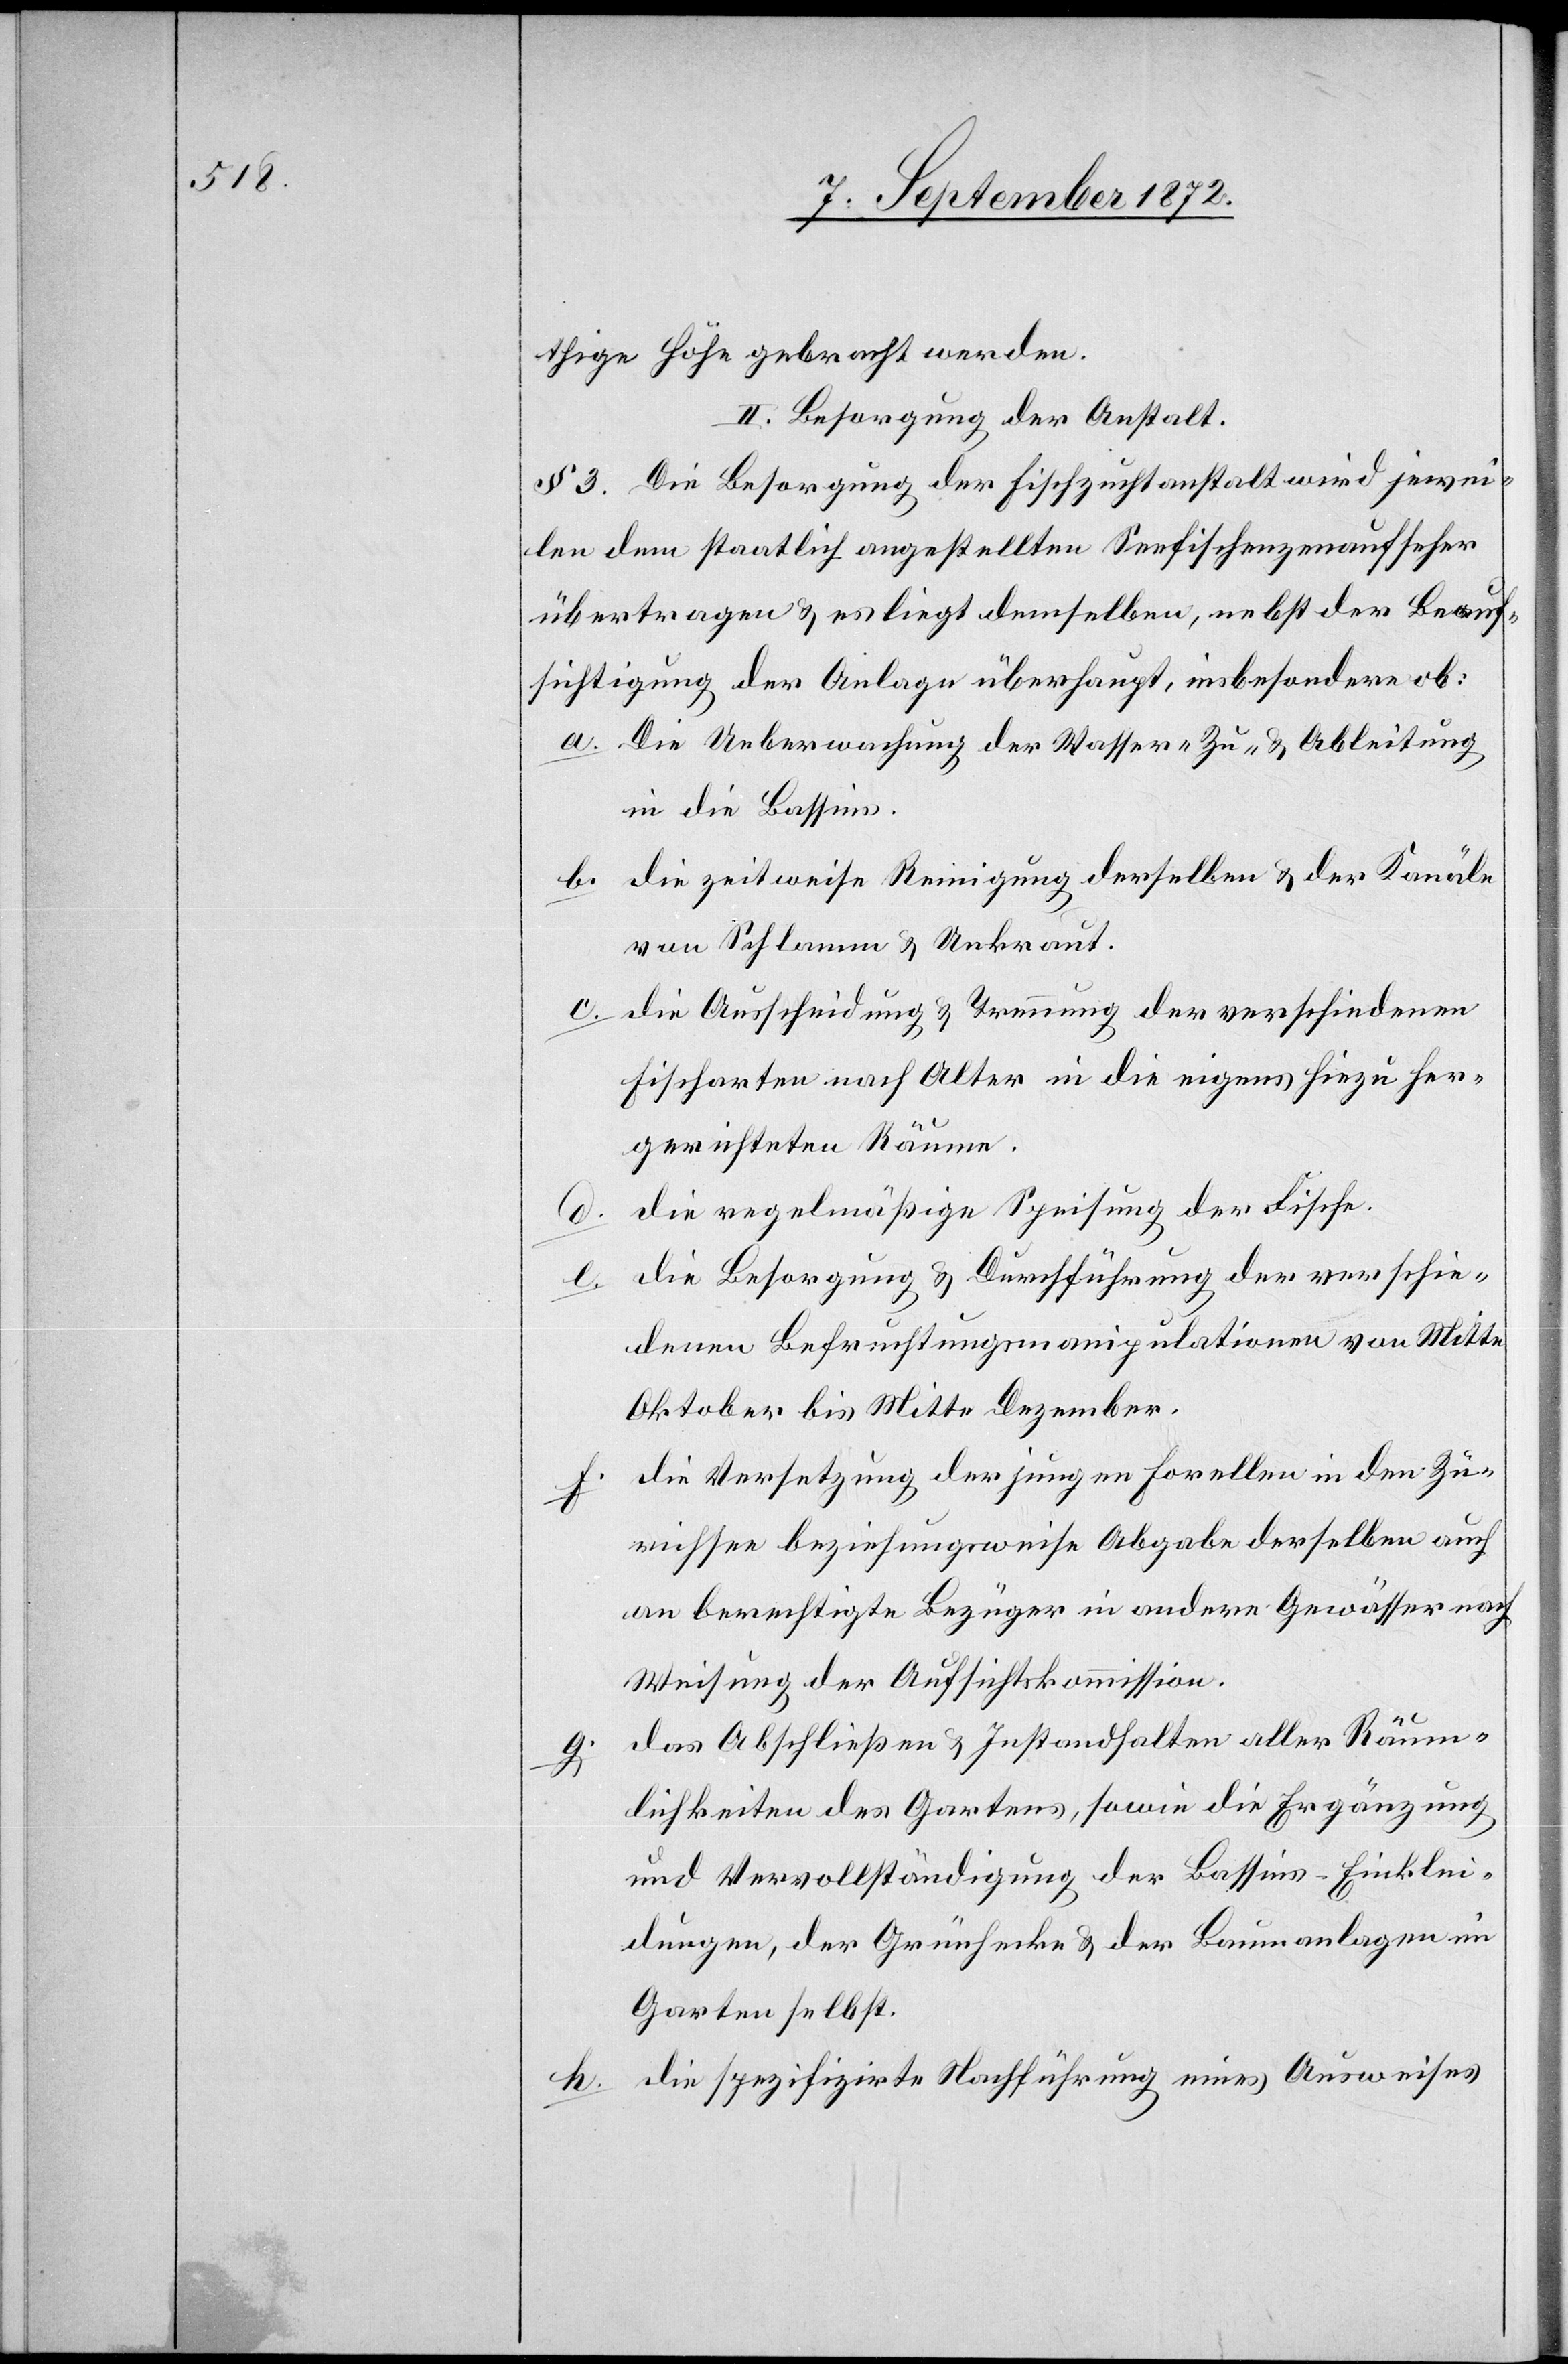
d.

thige Höhe gebracht werden.
II. Besorgung der Anstalt.
§ 3. Die Besorgung der Fischzuchtanstalt wird jewei¬
len dem staatlich angestellten Seefischenzenaufseher
übertragen u. es liegt demselben, nebst der Beauf¬
sichtigung der Anlage überhaupt, insbesondere ob:
Die Ueberwachung der Wasser- Zu- u. Ableitung
in die Bassins.
die zeitweise Reinigung derselben u. der Kanäle
von Schlamm u. Unkraut.
die Ausscheidung u. Trennung der verschiedenen
Fischarten nach Alter in die eigens hiezu her¬
gerichteten Räume.
die regelmäßige Speisung der Fische.
e.
die Besorgung u. Durchführung der verschie¬
denen Befruchtungsmanipulationen von Mitte
Oktober bis Mitte Dezember.
die Versetzung der jungen Forellen in den Zü¬
richsee beziehungswese Abgabe derselben auch
an berechtigte Bezüger in andere Gewässer nach
Weisung der Aufsichtskommission.
das Abschließen u. Instandhalter aller Räum¬
lichkeiten des Gartens, sowie die Ergänzung
und Vervollständigung der Bassins-Einklei¬
dungen, der Grünhecke u. der Baumanlagen im
Garten selbst.
die spezifizirte Nachführung eines Ausweises